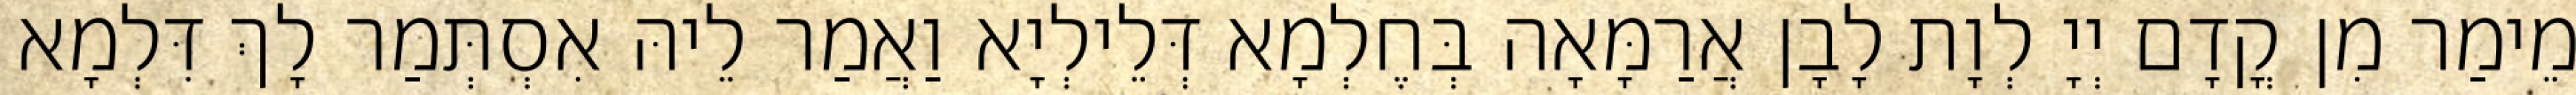
מֵימַר מִן קֳדָם יְיָ לְוָת לָבָן אֲרַמָּאָה בְּחֶלְמָא דְּלֵילְיָא וַאֲמַר לֵיהּ אִסְתְּמַר לָךְ דִּלְמָא